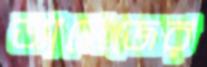
ড্যামেজের